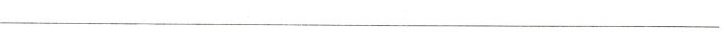
___